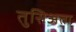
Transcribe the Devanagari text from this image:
तुसिअता